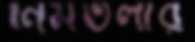
নিমতলার